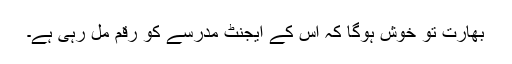
بھارت تو خوش ہوگا کہ اس کے ایجنٹ مدرسے کو رقم مل رہی ہے۔